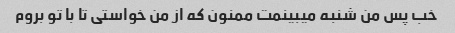
خب پس من شنبه میبینمت ممنون که از من خواستی تا با تو بروم